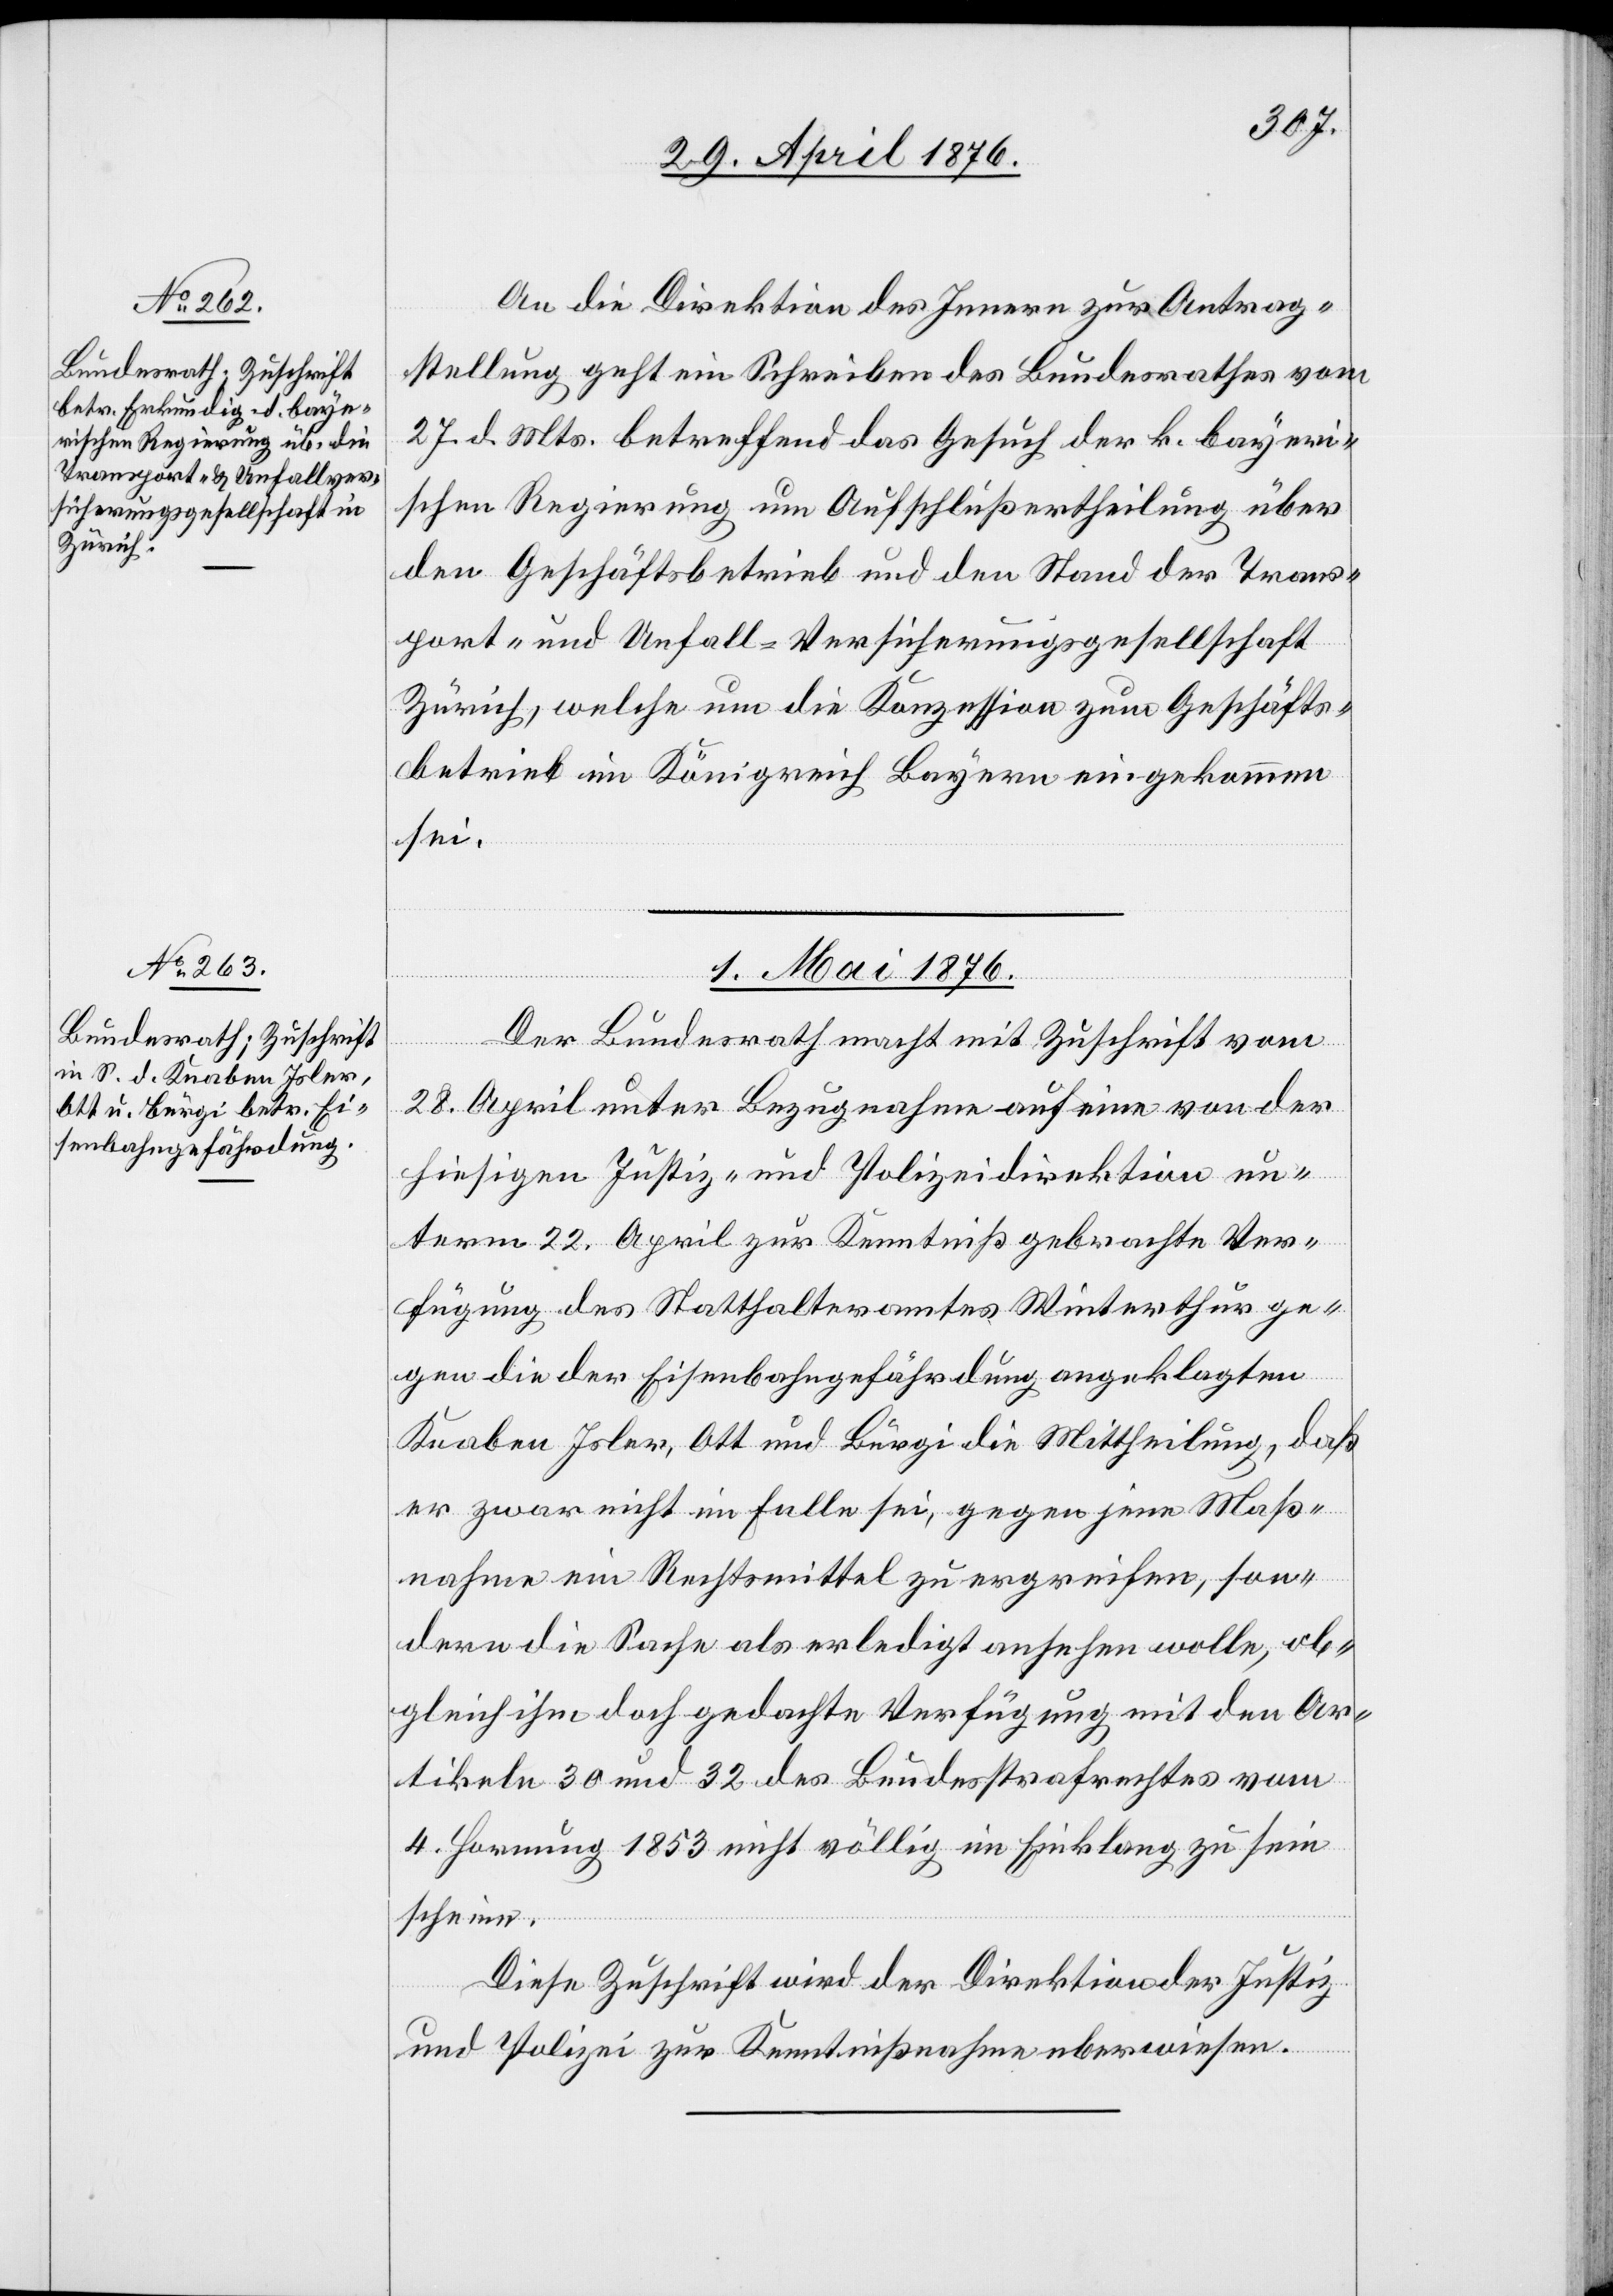
29. April 1876.]
An die Direktion des Innern zur Antrag¬
stellung geht ein Schreiben des Bundesrathes vor.
27. d. Mts. betreffend das Gesuch der k. bayeri¬
schen Regierung um Aufschlußertheilung über
den Geschäftsbetrieb und den Stand der Trans¬
port- und Unfall-Versicherungsgesellschaft
Zürich, welche um die Konzession zum Geschäfts¬
betrieb im Königreich Bayern eingekommen
sei.
1. Mai 1876.
Der Bundesrath macht mit Zuschrift vom
28. April unter Bezugnahme auf eine von der
hiesigen Justiz- und Polizeidirektion un¬
term 22. April zur Kenntniß gebrachte Ver¬
fügung des Statthalteramtes Winterthur ge¬
gen die der Eisenbahngefährdung angeklagten
Knaben Isler, Ott und Bürgi die Mittheilung, daß
er zwar nicht im Falle sei, gegen jene Maß¬
nahme ein Rechtsmittel zu ergreifen, son¬
dern die Sache als erledigt ansehen wolle, ob¬
gleich ihm doch gedachte Verfügung mit den Ar¬
tikeln 30 und 32 des Bundesstrafrechtes vom
4. Hornung 1853 nicht völlig im Einklang zu sein
scheine.
Diese Zuschrift wird der Direktion der Justiz
und Polizei zur Kenntnißnahme uberwiesen